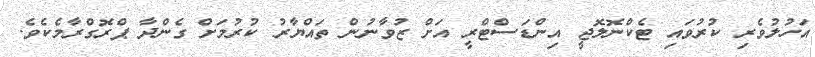
އަހުލުވެރި ކުރުވައި ޓެކްނޮލޮޖީ އިންޑަސްޓްރީ އަށް ޒުވާނުން ތައްޔާރު ކުރުމަށް ގެންދާ ޕްރޮގްރާމެކެވެ.